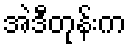
အဲဒီတုန်းက